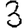
Digit: 3